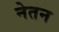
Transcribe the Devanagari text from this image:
नेतन